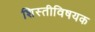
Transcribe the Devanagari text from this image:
शिस्तीविषयक